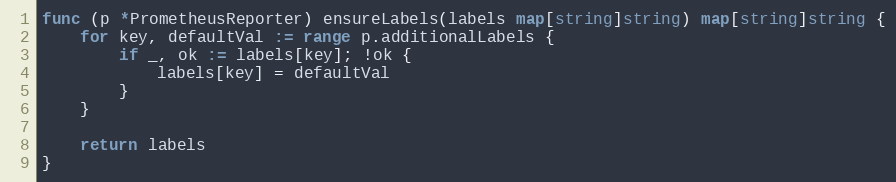
Language: Go
func (p *PrometheusReporter) ensureLabels(labels map[string]string) map[string]string {
	for key, defaultVal := range p.additionalLabels {
		if _, ok := labels[key]; !ok {
			labels[key] = defaultVal
		}
	}

	return labels
}